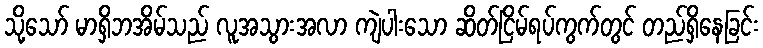
သို့သော် မာရှိဘအိမ်သည် လူအသွားအလာ ကျဲပါးသော ဆိတ်ငြိမ်ရပ်ကွက်တွင် တည်ရှိနေခြင်း